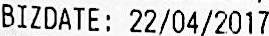
BIZDATE: 22/04/2017